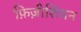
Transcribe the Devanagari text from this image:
फ़िज़ीशियन